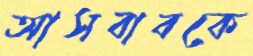
আসবাবকে